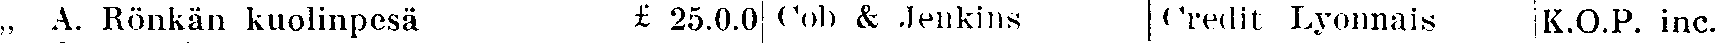
„ A. Rönkan kuolinpesä £ 25.0.0 Cob & Jenkins Credit Lyonnais K.O.P. inc.